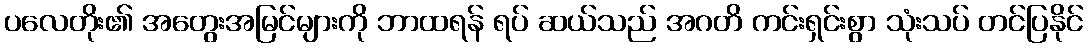
ပလေတိုး၏ အတွေးအမြင်များကို ဘာထရန် ရပ် ဆယ်သည် အဂတိ ကင်းရှင်းစွာ သုံးသပ် တင်ပြနိုင်